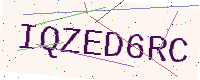
Text: IQZED6RC